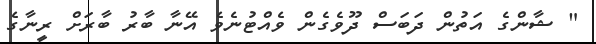
" ޝާންގެ އަތުން ދަބަސް ދޫވެގެން ވެއްޓުނެވެ އޭނާ ބާރު ބާރަށް ރީނާގެ